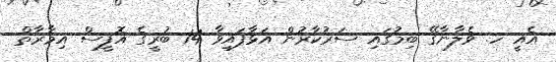
އެއީ ހ. ވެލާނާގޭ ބިމުގައި ސަރުކާރުން އަޅާފައިވާ 14 ބުރީގެ އޮފީސް އިމާރާތް